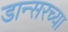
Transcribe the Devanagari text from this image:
डान्सरच्या